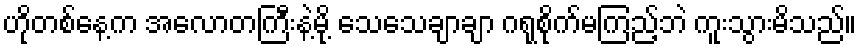
ဟိုတစ်နေ့က အလောတကြီးနဲ့မို့ သေသေချာချာ ဂရုစိုက်မကြည့်ဘဲ ကူးသွားမိသည်။